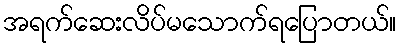
အရက်ဆေးလိပ်မသောက်ရပြောတယ်။